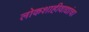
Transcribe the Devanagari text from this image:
लोकशाहीवाद्यांचा